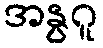
အနွဂူ